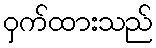
ဝှက်ထားသည်